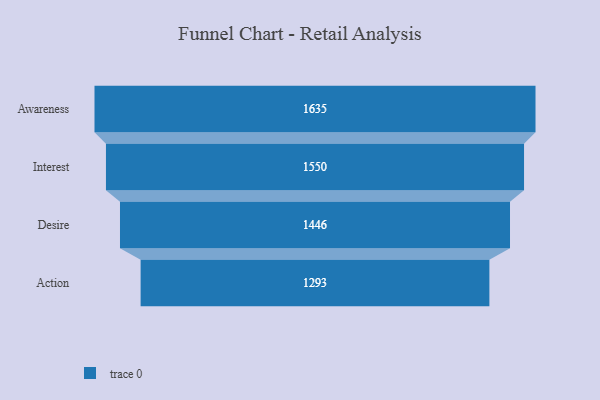
{"axis": {"x": "Stage", "y": "Value"}, "legend": [""], "data": [{"x": "Awareness", "y": 1635.0, "type": ""}, {"x": "Interest", "y": 1550.0, "type": ""}, {"x": "Desire", "y": 1446.0, "type": ""}, {"x": "Action", "y": 1293.0, "type": ""}]}